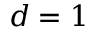
d = 1